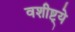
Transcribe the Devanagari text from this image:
वशीष्ट्ये